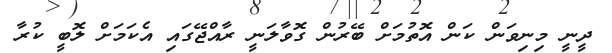
ދީނީ މިނިވަން ކަން އޮތުމަށް ބޭރުން ގޮވާލަނީ ރާއްޖޭގައި އެކަމަށް ލޮބީ ކުރާ